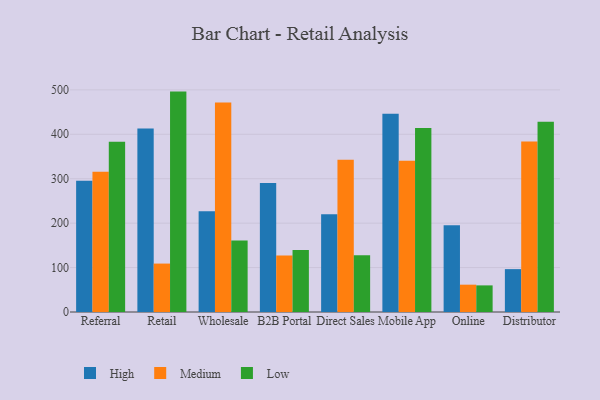
{"axis": {"x": "Channel", "y": "Active Users"}, "legend": ["High", "Low", "Medium"], "data": [{"x": "Referral", "y": 295.4, "type": "High"}, {"x": "Referral", "y": 315.6, "type": "Medium"}, {"x": "Referral", "y": 383.4, "type": "Low"}, {"x": "Retail", "y": 413.2, "type": "High"}, {"x": "Retail", "y": 109.0, "type": "Medium"}, {"x": "Retail", "y": 496.1, "type": "Low"}, {"x": "Wholesale", "y": 227.0, "type": "High"}, {"x": "Wholesale", "y": 471.4, "type": "Medium"}, {"x": "Wholesale", "y": 161.1, "type": "Low"}, {"x": "B2B Portal", "y": 290.2, "type": "High"}, {"x": "B2B Portal", "y": 127.2, "type": "Medium"}, {"x": "B2B Portal", "y": 139.8, "type": "Low"}, {"x": "Direct Sales", "y": 220.2, "type": "High"}, {"x": "Direct Sales", "y": 342.7, "type": "Medium"}, {"x": "Direct Sales", "y": 127.9, "type": "Low"}, {"x": "Mobile App", "y": 446.3, "type": "High"}, {"x": "Mobile App", "y": 340.7, "type": "Medium"}, {"x": "Mobile App", "y": 413.9, "type": "Low"}, {"x": "Online", "y": 195.0, "type": "High"}, {"x": "Online", "y": 61.5, "type": "Medium"}, {"x": "Online", "y": 59.9, "type": "Low"}, {"x": "Distributor", "y": 96.5, "type": "High"}, {"x": "Distributor", "y": 383.6, "type": "Medium"}, {"x": "Distributor", "y": 428.5, "type": "Low"}]}